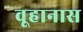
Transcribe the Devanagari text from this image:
वूहानास